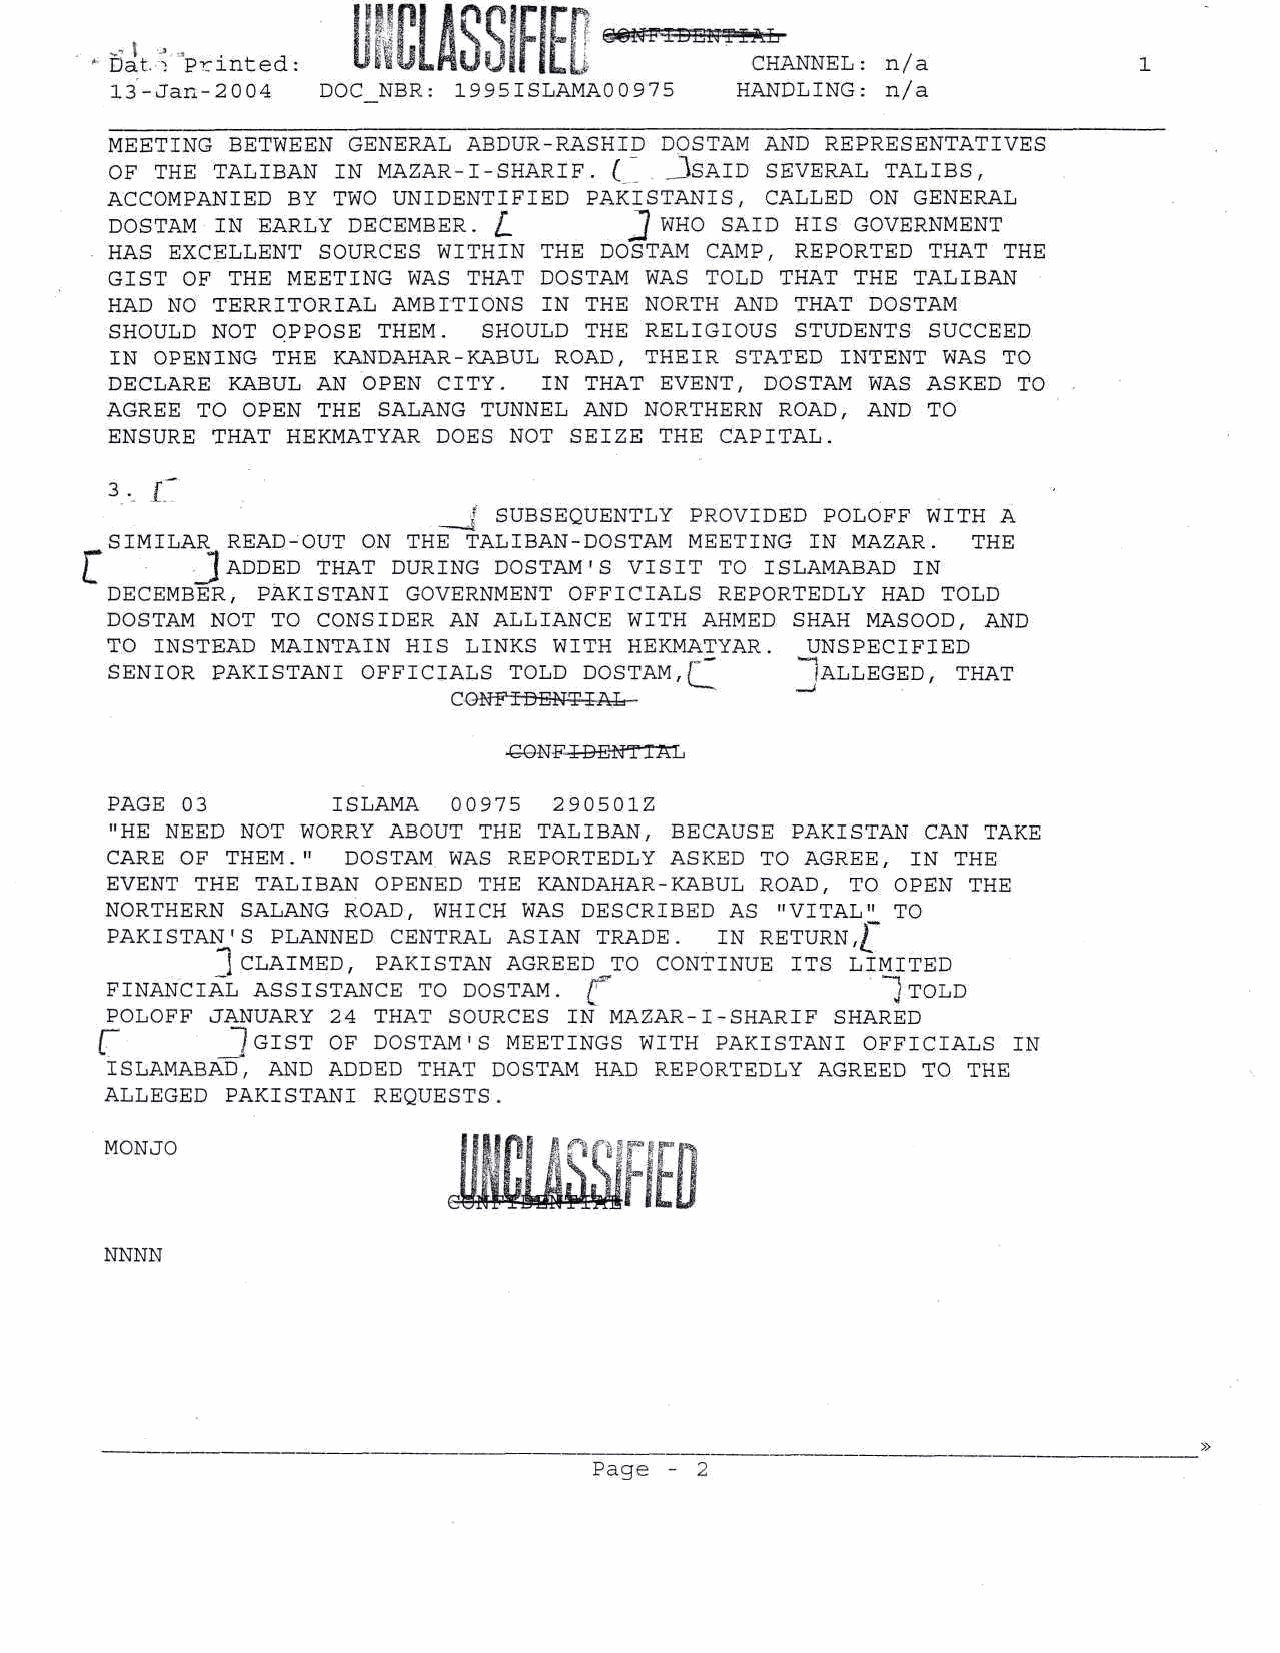
M
 -Sato "Printed:  OlSljLHuyyfLb              CHANNEL: n/a
 13-Jan-2004   DOC_NBR : 1995ISLAMA00975   HANDLING: n/a
 MEETING BETWEEN GENERAL ABDUR-RASHID DOSTAM AND REPRESENTATIVES
 OF THE TALIBAN IN MAZAR- I -SHARIF . (' JSAID SEVERAL TALIBS,
 ACCOMPANIED BY TWO UNIDENTIFIED PAKISTANIS, CALLED ON GENERAL
 DOSTAM IN EARLY DECEMBER. [_       J WHO SAID HIS GOVERNMENT
 HAS EXCELLENT SOURCES WITHIN THE DOSTAM CAMP, REPORTED THAT THE
 GIST OF THE MEETING WAS THAT DOSTAM WAS TOLD THAT THE TALIBAN
 HAD NO TERRITORIAL AMBITIONS IN THE NORTH AND THAT DOSTAM
 SHOULD NOT OPPOSE THEM.  SHOULD THE RELIGIOUS STUDENTS SUCCEED
 IN OPENING THE KANDAHAR -KABUL ROAD, THEIR STATED INTENT WAS TO
 DECLARE KABUL AN OPEN CITY.  IN THAT EVENT, DOSTAM WAS ASKED TO
 AGREE TO OPEN THE SALANG TUNNEL AND NORTHERN ROAD, AND TO
 ENSURE THAT HEKMATYAR DOES NOT SEIZE THE CAPITAL.
 3 , 1~
 _ j SUBSEQUENTLY PROVIDED POLOFF WITH A
 SIMILAR READ-OUT ON THE TALI BAN -DOSTAM MEETING IN MAZAR. THE
 Jj ADDED THAT DURING DOSTAM (s VISIT TO ISLAMABAD IN
 DECEMBER, PAKISTANI GOVERNMENT OFFICIALS REPORTEDLY HAD TOLD
 DOSTAM NOT TO CONSIDER AN ALLIANCE WITH AHMED SHAH MASOOD, AND
 TO INSTEAD MAINTAIN HIS LINKS WITH HEKMATYAR.  UNSPECIFIED
 SENIOR PAKISTANI OFFICIALS TOLD DOSTAM,       "(ALLEGED, THAT
 •GONF-i^EWTTKL
 PAGE 03        ISLAMA  00975  290501Z
 "HE NEED NOT WORRY ABOUT THE TALIBAN, BECAUSE PAKISTAN CAN TAKE
 CARE OF THEM."  DOSTAM WAS REPORTEDLY ASKED TO AGREE, IN THE
 EVENT THE TALIBAN OPENED THE KANDAHAR -KABUL ROAD, TO OPEN THE
 NORTHERN SALANG ROAD, WHICH WAS DESCRIBED AS "VITAL^ TO
 PAKISTAN'S PLANNED CENTRAL ASIAN TRADE.  IN RETURN, £*
 3 CLAIMED, PAKISTAN AGREED TO CONTINUE ITS LIMITED
 FINANCIAL ASSISTANCE TO DOSTAM. ^                   ~~] TOLD
 POLOFF JANUARY 24 THAT SOURCES IN MAZAR- I -SHARIF SHARED
 [~      _lGIST OF DOSTAM 'S MEETINGS WITH PAKISTANI OFFICIALS IN
 ISLAMABAD", AND ADDED THAT DOSTAM HAD REPORTEDLY AGREED TO THE
 ALLEGED PAKISTANI REQUESTS.
 MONJO
 NNNN
 Page - 2